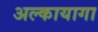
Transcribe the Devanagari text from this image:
अल्कायागा